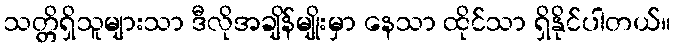
သတ္တိရှိသူများသာ ဒီလိုအချိန်မျိုးမှာ နေသာ ထိုင်သာ ရှိနိုင်ပါတယ်။